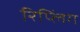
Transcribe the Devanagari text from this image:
रिप्लिंग